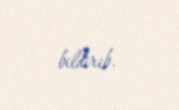
bildirib.